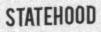
STATEHOOD